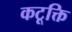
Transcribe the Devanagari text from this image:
कटूक्ति